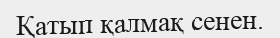
Қатып қалмақ сенен.